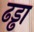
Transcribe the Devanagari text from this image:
ढड्ढा